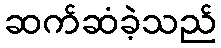
ဆက်ဆံခဲ့သည်